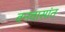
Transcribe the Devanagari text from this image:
वनवासांत